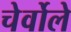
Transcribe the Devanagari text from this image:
चेर्वोले